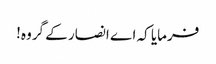
فرمایا کہ اے انصار کے گروہ!